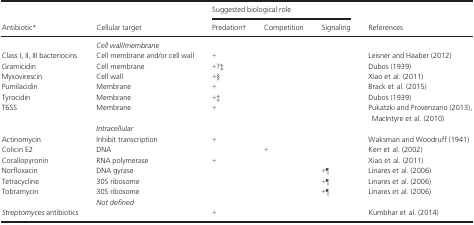
<table><thead><tr><td rowspan="2"><b>Antibiotica</b></td><td rowspan="2"><b>Cellular target</b></td><td colspan="3"><b>Suggested biological role</b></td><td rowspan="2"><b>References</b></td></tr><tr><td><b>Predationb</b></td><td><b>Competition</b></td><td><b>Signaling</b></td></tr></thead><tbody><tr><td></td><td><i>Cell wall/membrane</i></td><td></td><td></td><td></td><td></td></tr><tr><td>Class I, II, III bacteriocins</td><td>Cell membrane and/or cell wall</td><td>+</td><td></td><td></td><td>Leisner and Haaber (2012)</td></tr><tr><td>Gramicidin</td><td>Cell membrane</td><td>+?c</td><td></td><td></td><td>Dubos (1939)</td></tr><tr><td>Myxovirescin</td><td>Cell wall</td><td>+d</td><td></td><td></td><td>Xiao et al. (2011)</td></tr><tr><td>Pumilacidin</td><td>Membrane</td><td>+</td><td></td><td></td><td>Brack et al. (2015)</td></tr><tr><td>Tyrocidin</td><td>Membrane</td><td>+c</td><td></td><td></td><td>Dubos (1939)</td></tr><tr><td>T6SS</td><td>Membrane</td><td>+</td><td></td><td></td><td>Pukatzki and Provenzano (2013), MacIntyre et al. (2010)</td></tr><tr><td></td><td><i>Intracellular</i></td><td></td><td></td><td></td><td></td></tr><tr><td>Actinomycin</td><td>Inhibit transcription</td><td>+</td><td></td><td></td><td>Waksman and Woodruff (1941)</td></tr><tr><td>Colicin E2</td><td>DNA</td><td></td><td>+</td><td></td><td>Kerr et al. (2002)</td></tr><tr><td>Corallopyronin</td><td>RNA polymerase</td><td>+</td><td></td><td></td><td>Xiao et al. (2011)</td></tr><tr><td>Norfloxacin</td><td>DNA gyrase</td><td></td><td></td><td>+e</td><td>Linares et al. (2006)</td></tr><tr><td>Tetracycline</td><td>30S ribosome</td><td></td><td></td><td>+e</td><td>Linares et al. (2006)</td></tr><tr><td>Tobramycin</td><td>30S ribosome</td><td></td><td></td><td>+e</td><td>Linares et al. (2006)</td></tr><tr><td></td><td><i>Not defined</i></td><td></td><td></td><td></td><td></td></tr><tr><td><i>Streptomyces</i> antibiotics</td><td></td><td>+</td><td></td><td></td><td>Kumbhar et al. (2014)</td></tr></tbody></table>